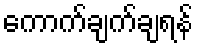
ကောက်ချက်ချရန်